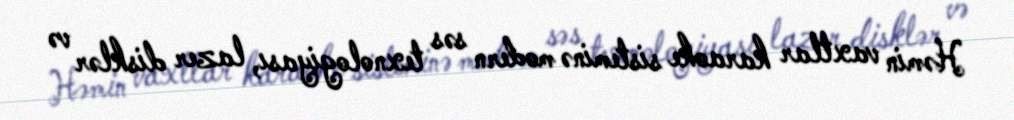
Həmin vaxtlar karaoke sisteminə modern səs texnologiyası, lazer disklər və